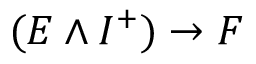
( E \wedge I ^ { + } ) \to F